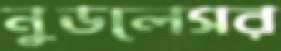
নুডলেসর